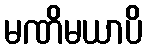
မဏိမယာပိ